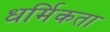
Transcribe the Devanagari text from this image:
धर्मिकता